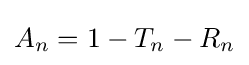
A_{n}=1-T_{n}-R_{n}